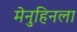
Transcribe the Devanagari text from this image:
मेनुहिनला